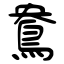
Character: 鴦